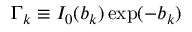
\Gamma _ { k } \equiv I _ { 0 } ( b _ { k } ) \exp ( - b _ { k } )